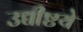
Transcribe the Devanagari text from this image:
उद्यीष्टये